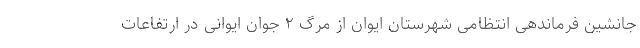
جانشین فرماندهی انتظامی شهرستان ایوان از مرگ ۲ جوان ایوانی در ارتفاعات